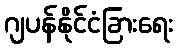
ဂျပန်နိုင်ငံခြားရေး